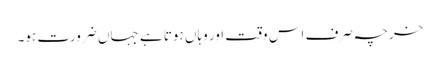
خرچہ صرف اس وقت اور وہاں ہوتا ہے جہاں ضرورت ہو۔